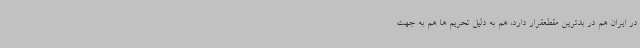
در ایران هم در بدترین مقطعقرار دارد، هم به دلیل تحریم ها هم به جهت